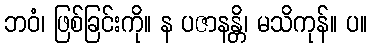
ဘဝံ၊ ဖြစ်ခြင်းကို။ န ပဇာနန္တိ၊ မသိကုန်။ ပ။